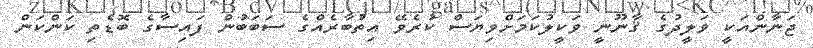
ޖަނާންއަކީ ވަލީދުގެ ޤާނޫނީ ވަކީލުކަމަށްވިޔަސް ކުރެވޭ އިތުބާރެއްގެ ސަބަބުން ފައިސާގެ ބޮޑެތި ކަންކަން